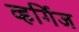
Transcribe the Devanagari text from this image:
व्हर्गिज